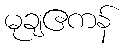
မုချဧကန်